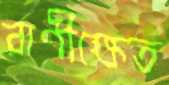
রাণীক্ষেত